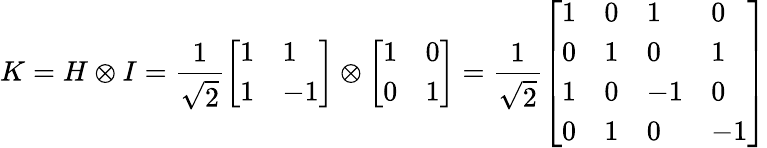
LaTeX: K=H\otimes I={\frac{1}{\sqrt{2}}}{\left[\begin{array}{ll}{1}&{1}\\ {1}&{-1}\end{array}\right]}\otimes{\left[\begin{array}{ll}{1}&{0}\\ {0}&{1}\end{array}\right]}={\frac{1}{\sqrt{2}}}{\left[\begin{array}{llll}{1}&{0}&{1}&{0}\\ {0}&{1}&{0}&{1}\\ {1}&{0}&{-1}&{0}\\ {0}&{1}&{0}&{-1}\end{array}\right]}